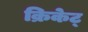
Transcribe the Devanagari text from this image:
क्रिकेट्